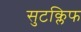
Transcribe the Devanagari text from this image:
सुटक्लिफ